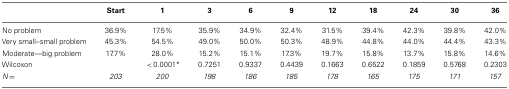
<table><thead><tr><td></td><td><b>Start</b></td><td><b>1</b></td><td><b>3</b></td><td><b>6</b></td><td><b>9</b></td><td><b>12</b></td><td><b>18</b></td><td><b>24</b></td><td><b>30</b></td><td><b>36</b></td></tr></thead><tbody><tr><td>No problem</td><td>36.9%</td><td>17.5%</td><td>35.9%</td><td>34.9%</td><td>32.4%</td><td>31.5%</td><td>39.4%</td><td>42.3%</td><td>39.8%</td><td>42.0%</td></tr><tr><td>Very small–small problem</td><td>45.3%</td><td>54.5%</td><td>49.0%</td><td>50.0%</td><td>50.3%</td><td>48.9%</td><td>44.8%</td><td>44.0%</td><td>44.4%</td><td>43.3%</td></tr><tr><td>Moderate—big problem</td><td>17.7%</td><td>28.0%</td><td>15.2%</td><td>15.1%</td><td>17.3%</td><td>19.7%</td><td>15.8%</td><td>13.7%</td><td>15.8%</td><td>14.6%</td></tr><tr><td>Wilcoxon</td><td></td><td> &lt; 0.0001*</td><td>0.7251</td><td>0.9337</td><td>0.4439</td><td>0.1663</td><td>0.6522</td><td>0.1859</td><td>0.5768</td><td>0.2303</td></tr><tr><td><i>N</i> = </td><td><i>203</i></td><td><i>200</i></td><td><i>198</i></td><td><i>186</i></td><td><i>185</i></td><td><i>178</i></td><td><i>165</i></td><td><i>175</i></td><td><i>171</i></td><td><i>157</i></td></tr></tbody></table>